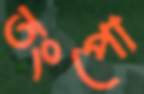
তংপো